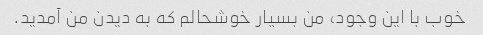
خوب با این وجود، من بسیار خوشحالم که به دیدن من آمدید.